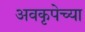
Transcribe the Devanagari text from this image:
अवकृपेच्या